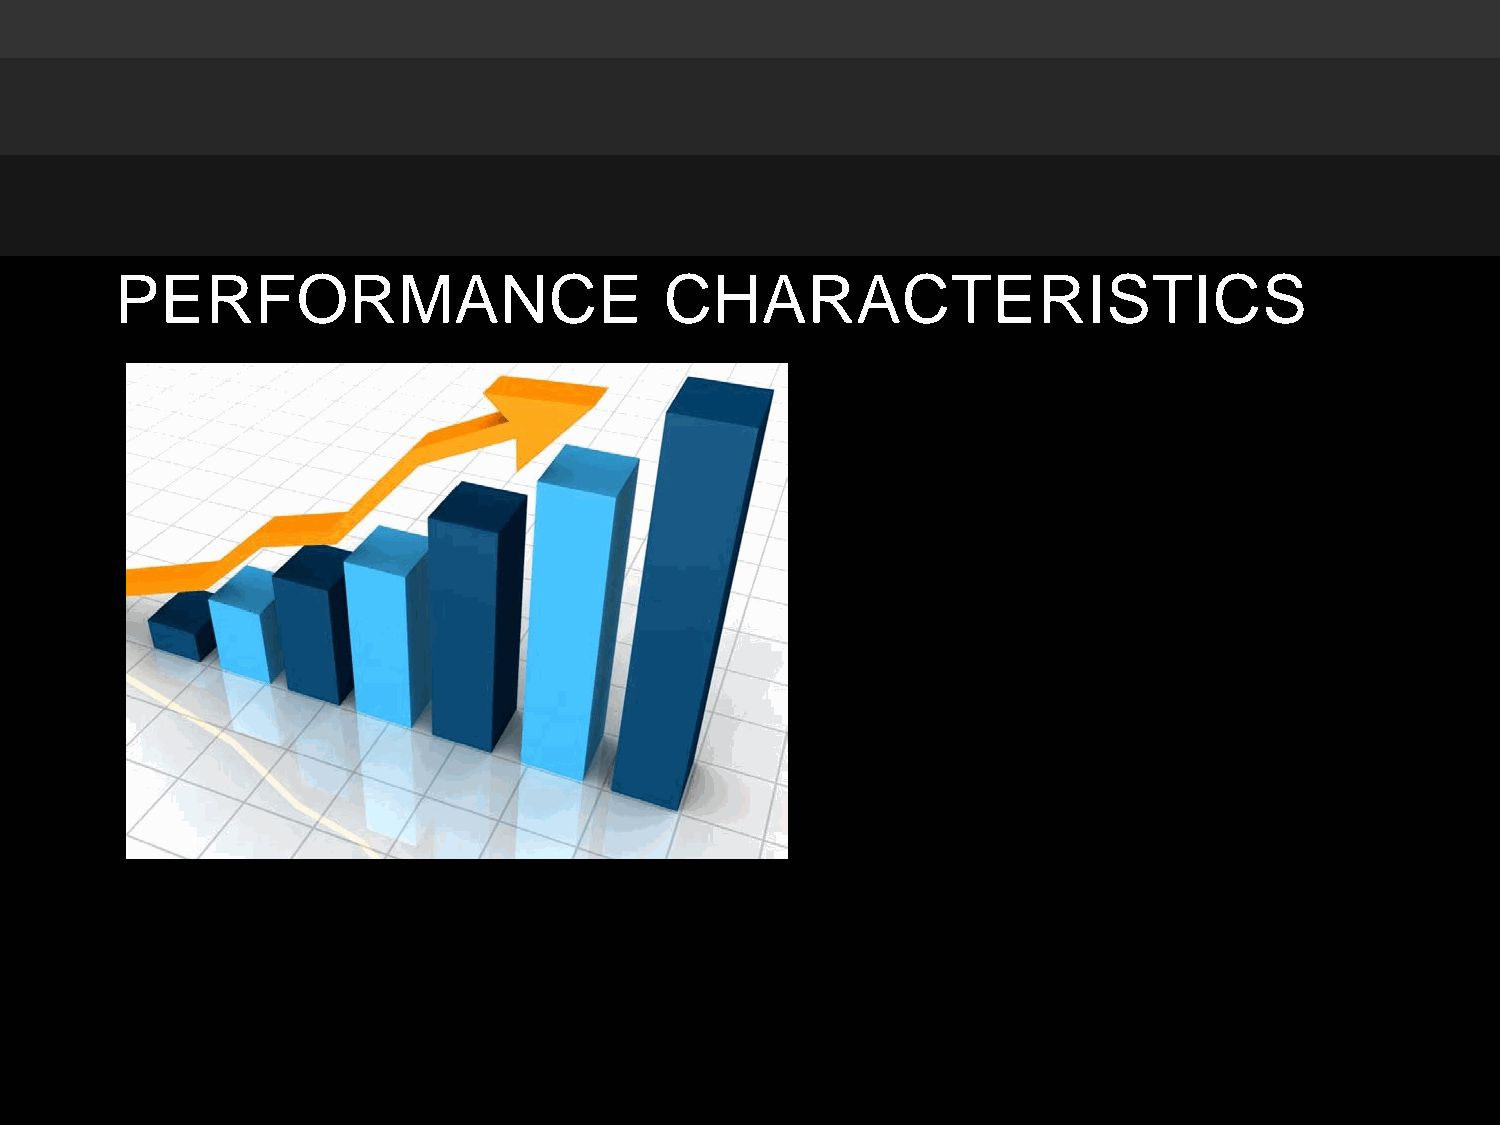
PERFORMANCE                         CHARACTERISTICS